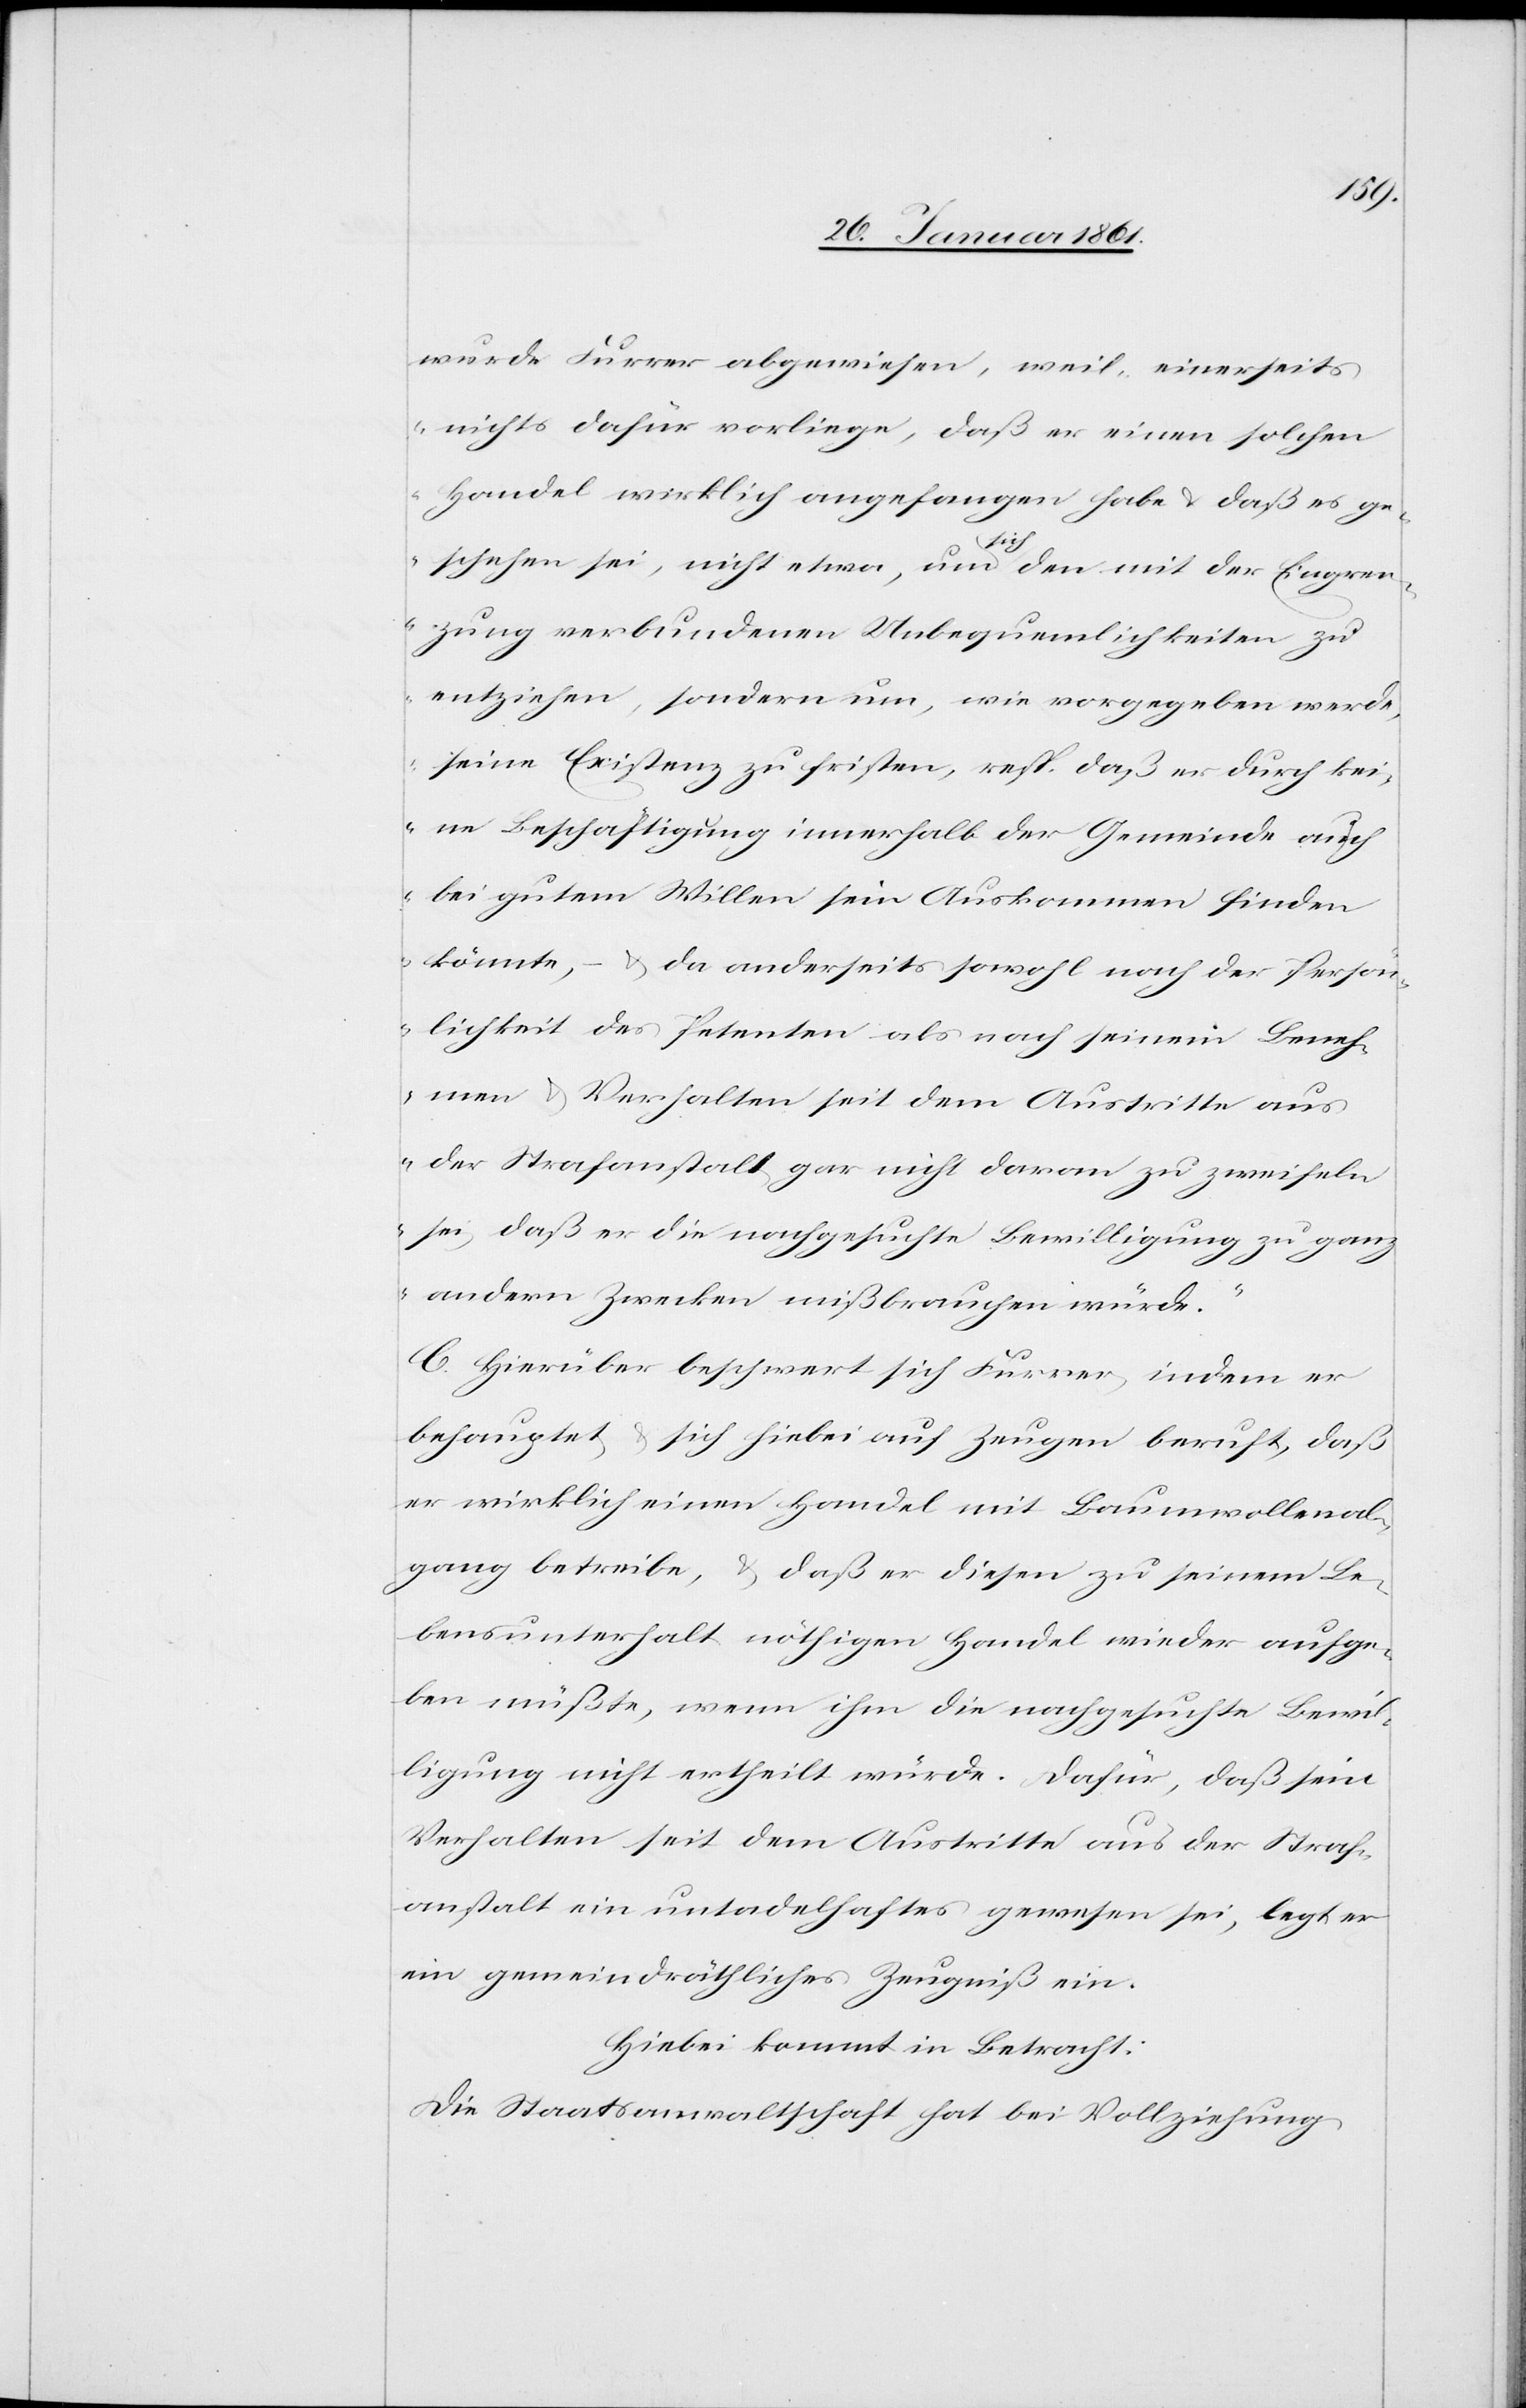
wurde Furrer abgewiesen, weil „einerseits
nichts dafür vorliege, daß er einen solchen
Handel wirklich angefangen habe u. daß es ge¬
schehen sei, nicht etwa um sich der mit der Eingren¬
zung verbundenen Unbequemlichkeit zu
entziehen, sondern um, wie vorgegeben werde,
seine Existenz zu fristen, resp. daß er durch kei¬
ne Beschäftigung innerhalb der Gemeinde auch
bei gutem Willen sein Auskommen finden
könnte; – u. da anderseits sowohl nach der Persön¬
lichkeit des Petenten als nach seinem Beneh¬
men u. Verhalten seit dem Austritte aus
der Strafanstalt gar nicht daran zu zweifeln
sei, daß er die nachgesuchte Bewilligung zu gan¬
z andern Zwecken mißbrauchen würde.“
C. Hierüber beschwert sich Furrer, indem er
behauptet u. sich hiebei auf Zeugen beruft, daß
er wirklich einen Handel mit Baumwollenab¬
gang betreibe, u. daß er diesen zu seinem Le¬
bensunterhalt nöthigen Handel wieder aufge¬
ben müßte, wenn ihm die nachgesuchte Bewil¬
ligung nicht ertheilt würde. Dafür, daß sein
Verhalten seit dem Austritte aus der Straf¬
anstalt ein untadelhaftes gewesen sei, legt er
ein gemeindräthliches Zeugniß ein.
Hiebei kommt in Betracht:
Die Staatsanwaltschaft hat bei Vollziehung